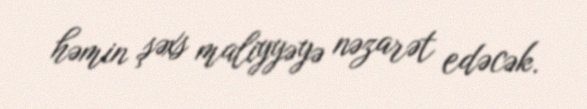
həmin şəxs maliyyəyə nəzarət edəcək.